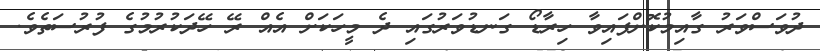
ދުވަސްވަރު ގާއިމުކޮށްފައިވާ ހިރާޑޯ ގަނޑުވަރުގައި ދެ މީހަކަށް އެއް ރޭ ހޭދަކުރުމުގެ ފުރުސަތެވެ.